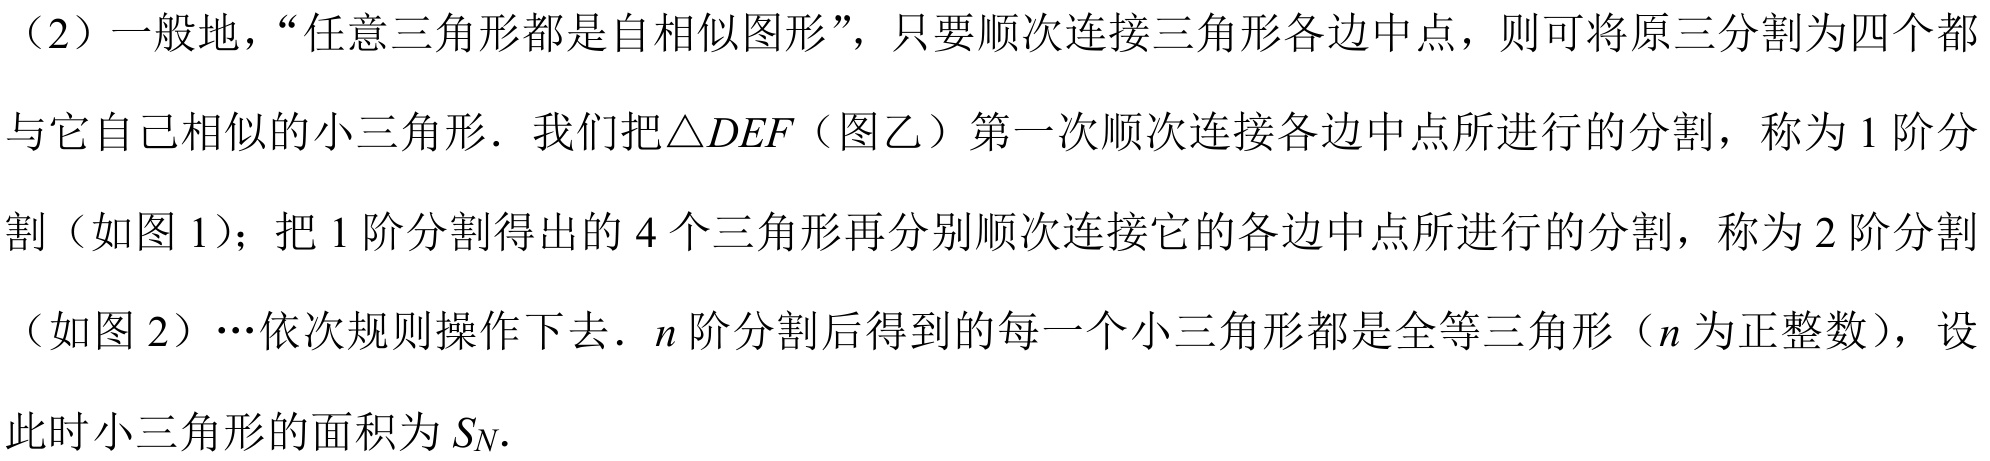
（2）一般地，“任意三角形都是自相似图形”，只要顺次连接三角形各边中点，则可将原三分割为四个都与它自己相似的小三角形．我们把\(\triangle DEF\)（图乙）第一次顺次连接各边中点所进行的分割，称为\(1\)阶分割（如图1）；把\(1\)阶分割得出的\(4\)个三角形再分别顺次连接它的各边中点所进行的分割，称为\(2\)阶分割（如图2）\(\cdots\)依次规则操作下去．\(n\)阶分割后得到的每一个小三角形都是全等三角形（\(n\)为正整数），设此时小三角形的面积为\(S_{N}\)．